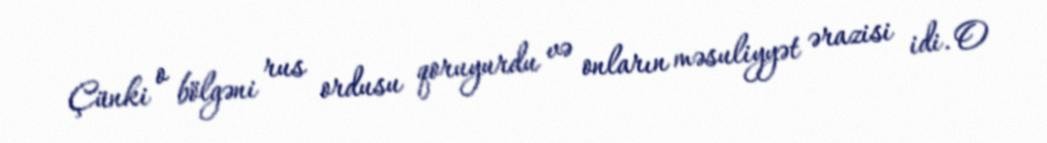
Çünki o bölgəni rus ordusu qoruyurdu və onların məsuliyyət ərazisi idi. O